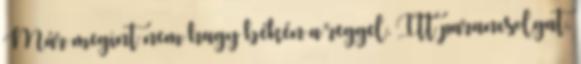
Már megint nem hagy békén a reggel. Itt parancsolgat,